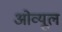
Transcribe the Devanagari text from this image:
ओव्यूल